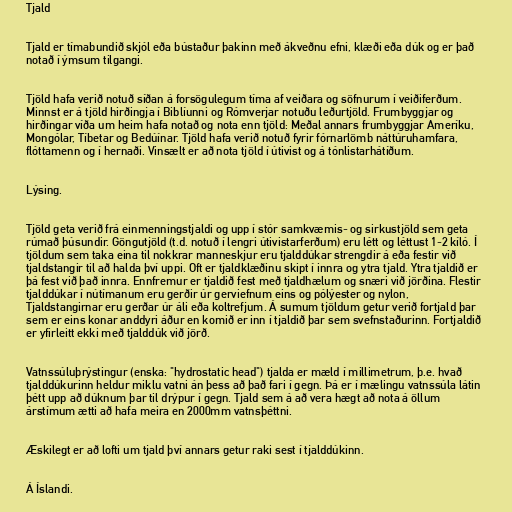
Tjald

Tjald er tímabundið skjól eða bústaður þakinn með ákveðnu efni, klæði eða dúk og er það
notað í ýmsum tilgangi.

Tjöld hafa verið notuð síðan á forsögulegum tíma af veiðara og söfnurum í veiðiferðum.
Minnst er á tjöld hirðingja í Biblíunni og Rómverjar notuðu leðurtjöld. Frumbyggjar og
hirðingar víða um heim hafa notað og nota enn tjöld: Meðal annars frumbyggjar Ameríku,
Mongólar, Tíbetar og Bedúínar. Tjöld hafa verið notuð fyrir fórnarlömb náttúruhamfara,
flóttamenn og í hernaði. Vinsælt er að nota tjöld í útivist og á tónlistarhátíðum.

Lýsing.

Tjöld geta verið frá einmenningstjaldi og upp í stór samkvæmis- og sirkustjöld sem geta
rúmað þúsundir. Göngutjöld (t.d. notuð í lengri útivistarferðum) eru létt og léttust 1-2 kíló. Í
tjöldum sem taka eina til nokkrar manneskjur eru tjalddúkar strengdir á eða festir við
tjaldstangir til að halda því uppi. Oft er tjaldklæðinu skipt í innra og ytra tjald. Ytra tjaldið er
þá fest við það innra. Ennfremur er tjaldið fest með tjaldhælum og snæri við jörðina. Flestir
tjalddúkar í nútímanum eru gerðir úr gerviefnum eins og pólýester og nylon,
Tjaldstangirnar eru gerðar úr áli eða koltrefjum. Á sumum tjöldum getur verið fortjald þar
sem er eins konar anddyri áður en komið er inn í tjaldið þar sem svefnstaðurinn. Fortjaldið
er yfirleitt ekki með tjalddúk við jörð.

Vatnssúluþrýstingur (enska: "hydrostatic head") tjalda er mæld í millimetrum, þ.e. hvað
tjalddúkurinn heldur miklu vatni án þess að það fari í gegn. Þá er í mælingu vatnssúla látin
þétt upp að dúknum þar til drýpur í gegn. Tjald sem á að vera hægt að nota á öllum
árstímum ætti að hafa meira en 2000mm vatnsþéttni.

Æskilegt er að lofti um tjald því annars getur raki sest í tjalddúkinn.

Á Íslandi.